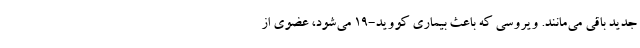
جدید باقی‌ می‌مانند. ویروسی که باعث بیماری کووید-۱۹ می‌شود، عضوی از